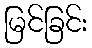
မြင်ခြင်း